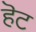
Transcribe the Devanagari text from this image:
हॆट